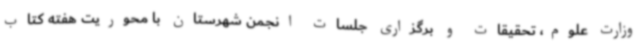
وزارت علوم، تحقیقات و برگزاری جلسات انجمن شهرستان با محوریت هفته کتاب